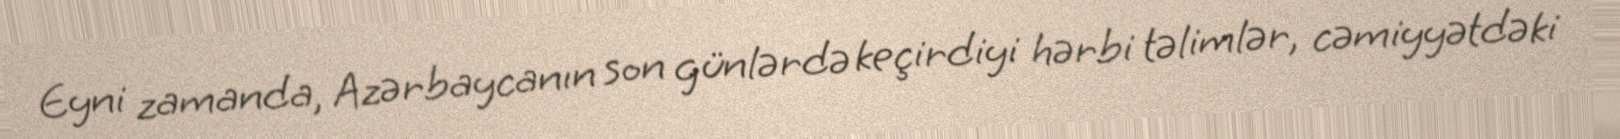
Eyni zamanda, Azərbaycanın son günlərdə keçirdiyi hərbi təlimlər, cəmiyyətdəki